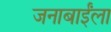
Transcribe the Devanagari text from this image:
जनाबाईंला